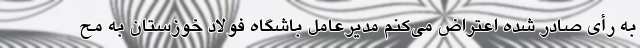
به رأی صادر شده اعتراض می‌کنم مدیرعامل باشگاه فولاد خوزستان به مح